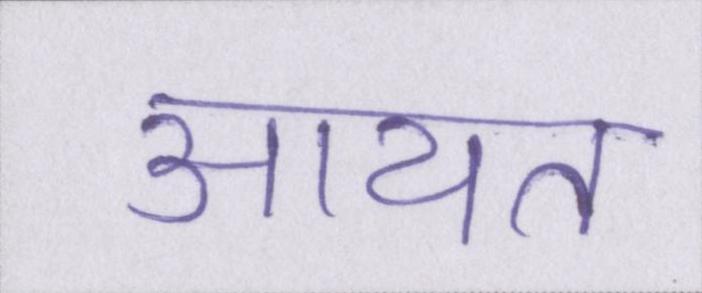
आयत